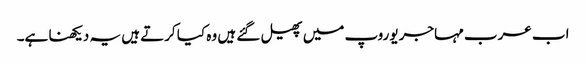
اب عرب مہاجر یوروپ میں پھیل گئے ہیں وہ کیا کرتے ہیں یہ دیکھنا ہے۔